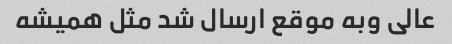
عالی وبه موقع ارسال شد مثل همیشه